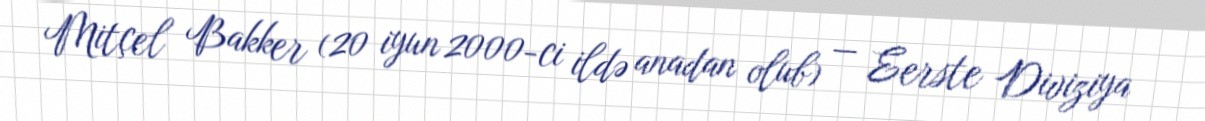
Mitçel Bakker (20 iyun 2000-ci ildə anadan olub) — Eerste Diviziya